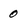
Character: 0